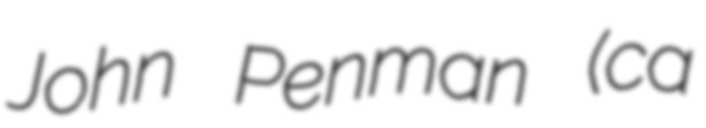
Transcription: John Penman (ca